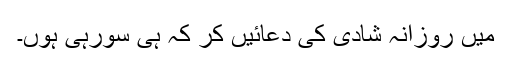
میں روزانہ شادی کی دعائیں کر کہ ہی سورہی ہوں۔